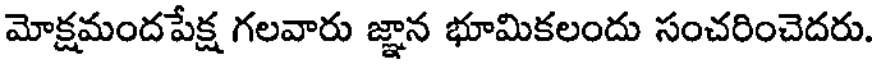
మోక్షమందపేక్ష గలవారు జ్ఞాన భూమికలందు సంచరించెదరు.